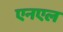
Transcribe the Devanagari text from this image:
एनएल